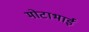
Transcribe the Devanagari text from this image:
मोटाभाई